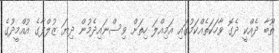
ތޫބާ ދެއްކީ ދެގޮ ވާހަކަތެއްކަމުގައި އަމިއްލަ ހިތަށް ވިސްނައިދެމުން ދިޔަ ޒުލްފާގެ އުއްމީދުގެ